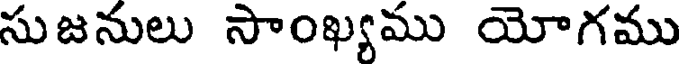
సుజనులు సాంఖ్యము యోగము